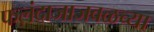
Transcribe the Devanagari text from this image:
फलंदाजाजवळच्या